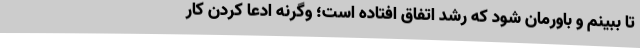
تا ببینم و باورمان شود که رشد اتفاق افتاده است؛ وگرنه ادعا کردن کار